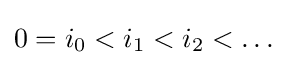
0=i_{0}<i_{1}<i_{2}<\ldots